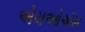
એચઓએમ